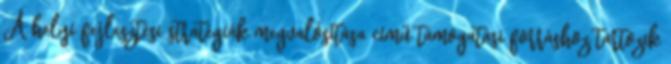
A helyi fejlesztési stratégiák megvalósítása című támogatási forráshoz tartozik